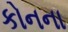
કોનના